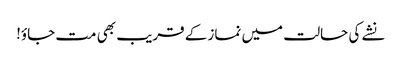
نشے کی حالت میں نماز کے قریب بھی مت جاؤ!